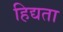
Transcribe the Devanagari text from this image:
हिद्यता